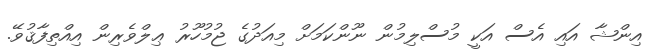
އިންޝާ އައި އެސް އަކީ މުސްލިމުން ނޫންކަމަށް މިއަދުގެ ޖުމުހޫރު ޢިލްވެރިން އިއްތިފާޤުވޭ.